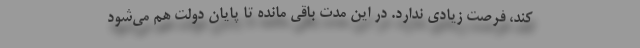
کند، فرصت زیادی ندارد. در این مدت باقی مانده تا پایان دولت هم می‌شود